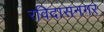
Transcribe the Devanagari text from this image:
रविदासनगर